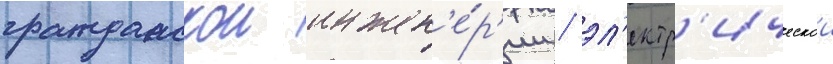
гражданскои инжен'е́р'ии / эл'ектр'ическои